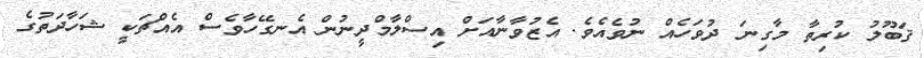
ޤަބޫލު ކުރިތާ މާގިނަ ދުވަހެއް ނުވެއެވެ. އެޒުވާނާއަށް އިސްލާމްދީނުން އެނގޭހާވެސް އެއްޗަކީ ޝަހާދަތުގެ